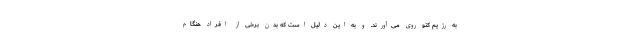
به رژیم کتو روی می‌آورند. و به این دلیل است که بدن برخی از افراد هنگام